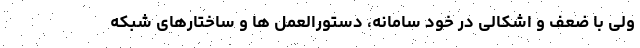
ولی با ضعف و اشکالی در خود سامانه، دستورالعمل ها و ساختارهای شبکه